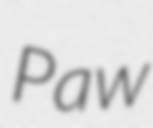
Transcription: Paw